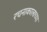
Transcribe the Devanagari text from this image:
रचनाकालाच्या